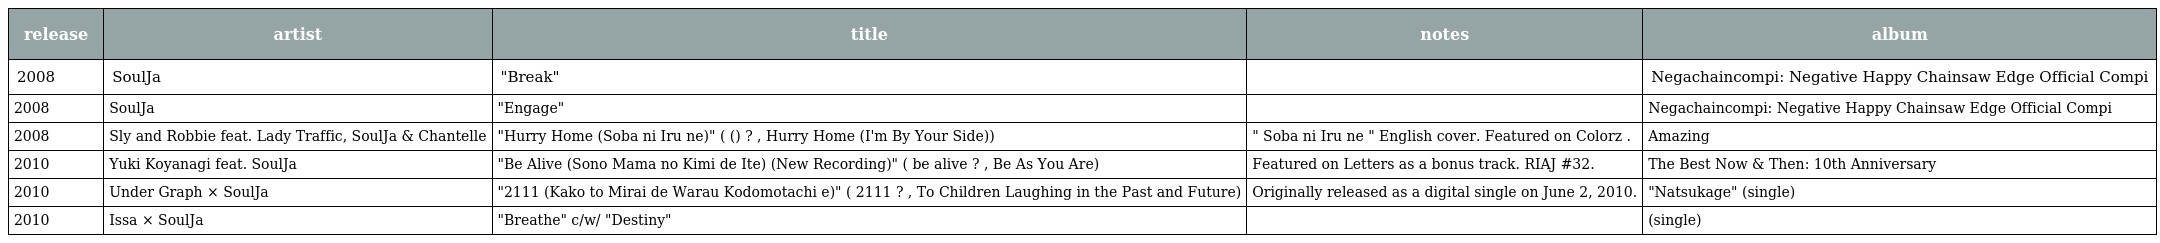
| release | artist | title | notes | album |
 | --- | --- | --- | --- | --- |
 | 2008 | SoulJa | "Break" |  | Negachaincompi: Negative Happy Chainsaw Edge Official Compi |
 | 2008 | SoulJa | "Engage" |  | Negachaincompi: Negative Happy Chainsaw Edge Official Compi |
 | 2008 | Sly and Robbie feat. Lady Traffic, SoulJa & Chantelle | "Hurry Home (Soba ni Iru ne)" ( ハリー・ホーム(そばにいるね) ? , Hurry Home (I'm By Your Side)) | " Soba ni Iru ne " English cover. Featured on Colorz . | Amazing |
 | 2010 | Yuki Koyanagi feat. SoulJa | "Be Alive (Sono Mama no Kimi de Ite) (New Recording)" ( be alive～そのままの君でいて～ ? , Be As You Are) | Featured on Letters as a bonus track. RIAJ #32. | The Best Now & Then: 10th Anniversary |
 | 2010 | Under Graph × SoulJa | "2111 (Kako to Mirai de Warau Kodomotachi e)" ( 2111～過去と未来で笑う子供達へ～ ? , To Children Laughing in the Past and Future) | Originally released as a digital single on June 2, 2010. | "Natsukage" (single) |
 | 2010 | Issa × SoulJa | "Breathe" c/w/ "Destiny" |  | (single) |